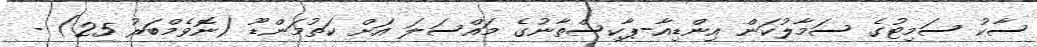
ސާކު ސަމިޓުގެ ސަމާލުކަން އިންޑިއާ-ޕާކިސްތާނުގެ މައްސަލަ އަށް ކަތުމަންޑޫ (ނޮވެމްބަރު 25) -